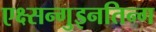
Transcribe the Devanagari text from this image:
एक्ष्सन्गुइनतिन्ग